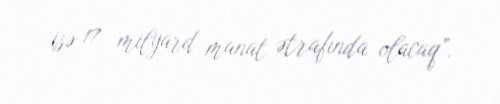
isə 17 milyard manat ətrafında olacaq”.